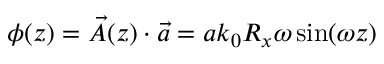
\phi ( z ) = \vec { A } ( z ) \cdot \vec { a } = a k _ { 0 } R _ { x } \omega \sin ( \omega z )